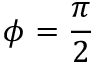
\phi = { \frac { \pi } { 2 } }